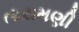
તારામણી